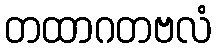
တထာဂတဗလံ